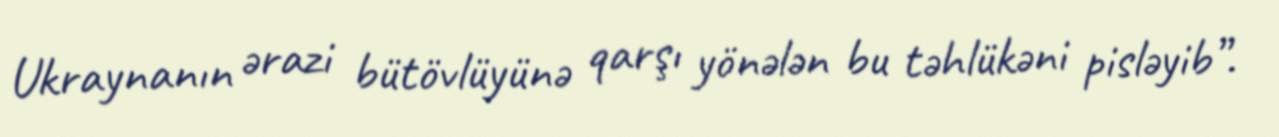
Ukraynanın ərazi bütövlüyünə qarşı yönələn bu təhlükəni pisləyib”.